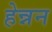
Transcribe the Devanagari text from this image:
हेन्नन